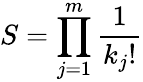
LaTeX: S=\prod_{j=1}^{m}{\frac{1}{k_{j}!}}